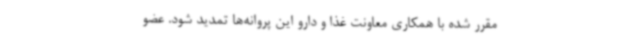
مقرر شده با همکاری معاونت غذا و دارو این پروانه‌ها تمدید شود. عضو